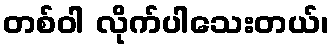
တစ်ဝါ လိုက်ပါသေးတယ်၊